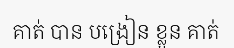
គាត់ បាន បង្រៀន ខ្លួន គាត់